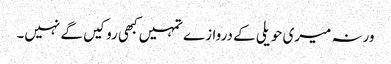
ورنہ میری حویلی کے دروازے تمہیں کبھی روکیں گے نہیں۔